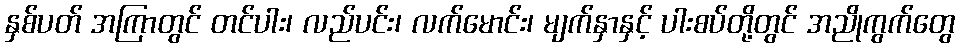
နှစ်ပတ် အကြာတွင် တင်ပါး၊ လည်ပင်း၊ လက်မောင်း၊ မျက်နှာနှင့် ပါးစပ်တို့တွင် အညိုကွက်တွေ